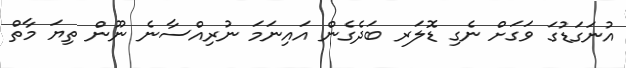
އުނަގަޑުގަ ވަގަށް ނެގި ޑޮލަރ ބަދެގެން އަައިނަމަ ނުރިއްސާނެ ނޫން ތިޔަ މާތް